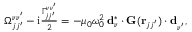
\begin{array} { r } { \Omega _ { j j ^ { \prime } } ^ { \nu \nu ^ { \prime } } - \mathrm { i } \frac { \Gamma _ { j j ^ { \prime } } ^ { \nu \nu ^ { \prime } } } { 2 } = - \mu _ { 0 } \omega _ { 0 } ^ { 2 } \, \mathbf { d } _ { \nu } ^ { * } \cdot \mathbf { G } ( \mathbf { r } _ { j j ^ { \prime } } ) \cdot \mathbf { d } _ { \nu ^ { \prime } } ^ { \phantom { * } } , } \end{array}